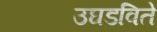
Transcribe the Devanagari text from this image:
उघडविते